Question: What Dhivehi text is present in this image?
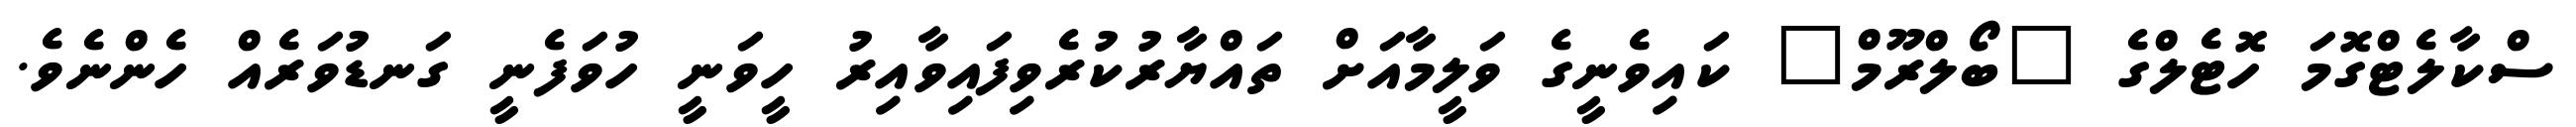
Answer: ސްކާލެޓްގޮމަ ހޮޓެލްގެ "ބޯލްރޫމް" ކައިވެނީގެ ވަލީމާއަށް ތައްޔާރުކުރެވިފައިވާއިރު ހީވަނީ ހުވަފެނީ ގަނޑުވަރެއް ހެންނެވެ.